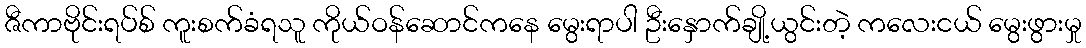
ဇီကာဗိုင်းရပ်စ် ကူးစက်ခံရသူ ကိုယ်ဝန်ဆောင်ကနေ မွေးရာပါ ဦးနှောက်ချို့ယွင်းတဲ့ ကလေးငယ် မွေးဖွားမှု